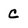
Character: C